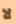
لا